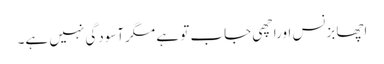
اچھا بزنس اوراچھی جاب تو ہے مگرآسودگی نہیں ہے۔